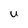
Character: U